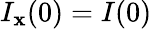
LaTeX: I_{\mathbf{x}}(0)=I(0)